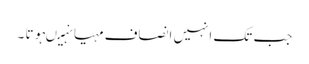
جب تک انہیں انصاف مہیا نہیںہوتا ۔